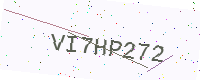
Text: VI7HP272